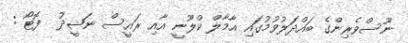
ނޫސްވެރިންގެ ބައްދަލުވުމުގައި އާމާލް ކްލޫނީ އާއި ރައީސް ނަޝީދު  ފޮޓޯ :